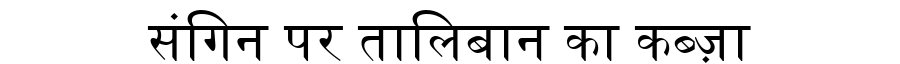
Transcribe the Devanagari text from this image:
संगिन पर तालिबान का कब्ज़ा